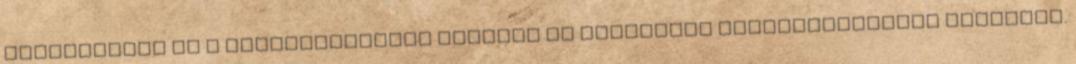
ellenállóbb és a hőmérséklettel szemben is kedvezőbb tulajdonságokat produkál.